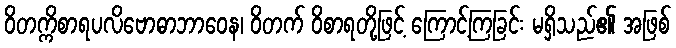
ဝိတက္ကိစာရပလိဗောဓာဘာဝေန၊ ဝိတက် ဝိစာရတို့ဖြင့် ကြောင့်ကြခြင်း မရှိသည်၏ အဖြစ်